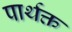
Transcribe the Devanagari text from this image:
पार्थक्त